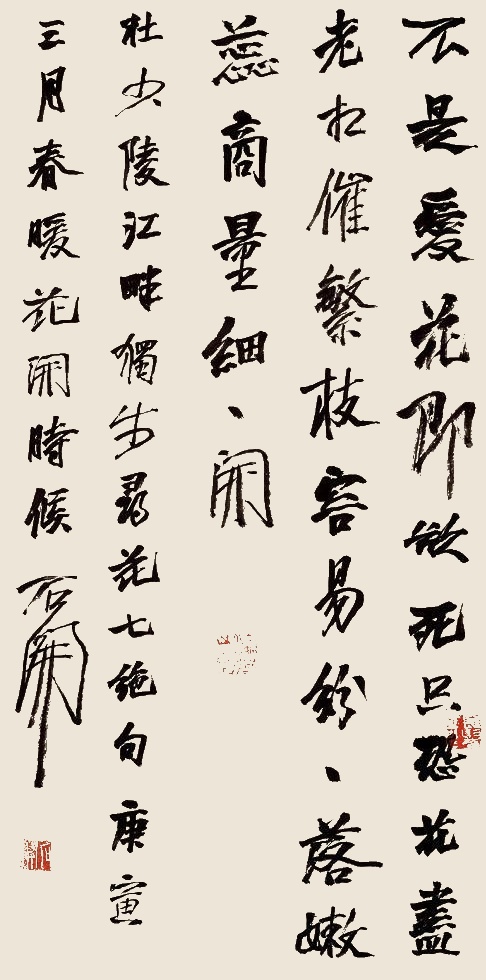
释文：1.杜少陵江畔独步寻花七绝句，庚寅三月春暖花开时候，石开。2.吉舟石开。3.石开。4.石开。1.石开、沦茗山中、长发哥哥2.石开、长发哥哥3.石开、长发哥哥4.石开、西霸河南一窝居